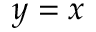
y = x